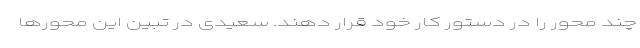
چند محور را در دستور کار خود قرار دهند. سعیدی در تبین این محورها